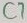
Text: C7